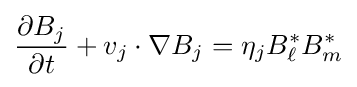
{\frac {\partial B_{j}}{\partial t}}+v_{j}\cdot \nabla B_{j}=\eta _{j}B_{\ell }^{*}B_{m}^{*}